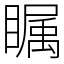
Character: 瞩